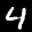
Label: 4